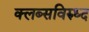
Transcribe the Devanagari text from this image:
क्लब्सविरुध्द